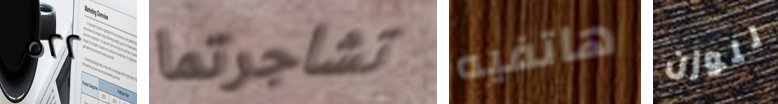
٥٢٢ تشاجرتما هاتفيه للوزن